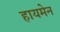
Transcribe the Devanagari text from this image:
हायमेन